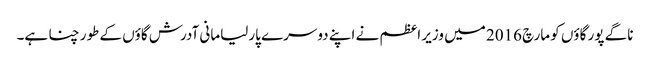
ناگے پور گاؤں کو مارچ 2016 میں وزیر اعظم نے اپنے دوسرے پارلیامانی آدرش گاؤں کے طور چنا ہے۔